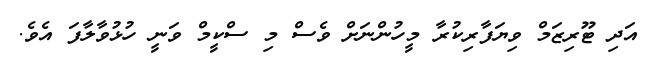
އަދި ޓޫރިޒަމް ވިޔަފާރިކުރާ މީހުންނަށް ވެސް މި ސްކީމް ވަނީ ހުޅުވާލާފަ އެވެ.